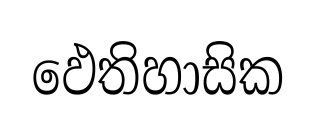
ඵෙතිහාසික